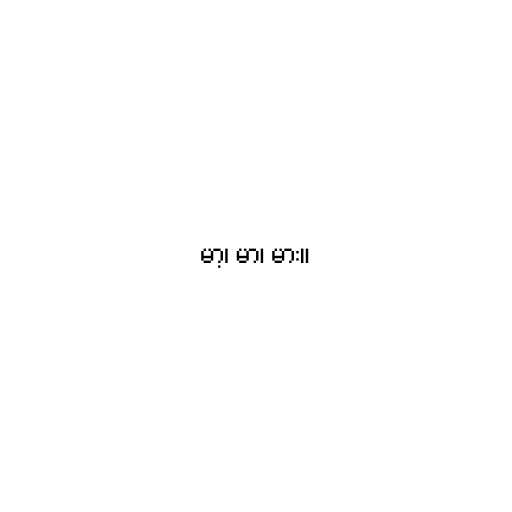
မာ့၊ မာ၊ မား။